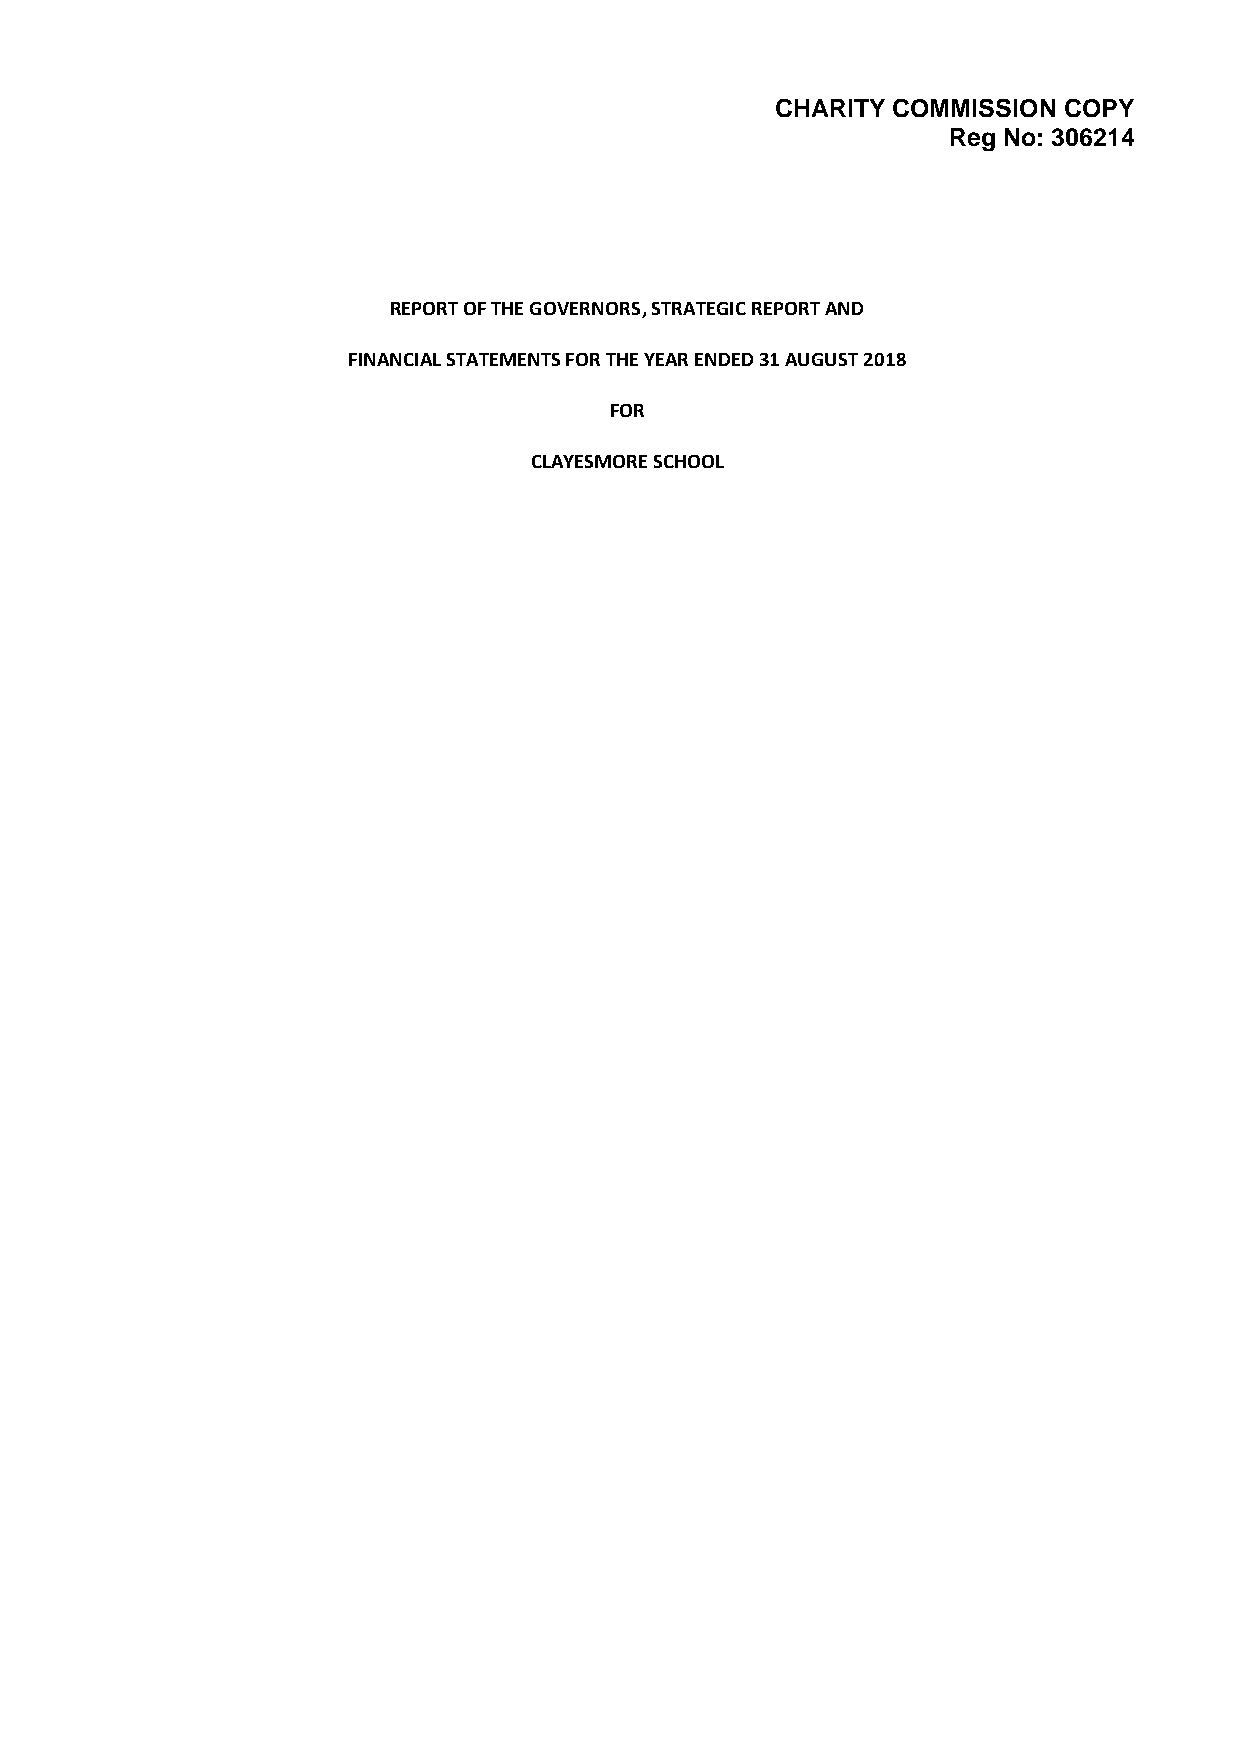
CHARITY COMMISSION COPY
 Reg No: 306214
 REPORT OF THE GOVERNORS, STRATEGIC REPORT AND
 FINANCIAL STATEMENTS FOR THE YEAR ENDED 31 AUGUST 2018
 FOR
 CLAYESMORE SCHOOL